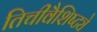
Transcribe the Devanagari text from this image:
तिचीवैशिष्ट्ये